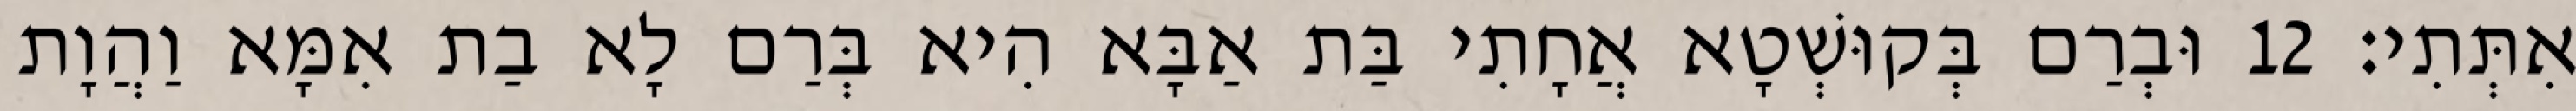
אִתְּתִי׃ 12 וּבְרַם בְּקוּשְׁטָא אֲחָתִי בַּת אַבָּא הִיא בְּרַם לָא בַת אִמָּא וַהֲוָת